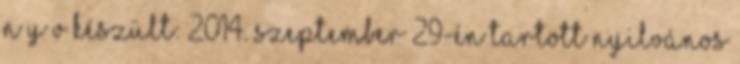
n y v Készült: 2014. szeptember 29-én tartott nyilvános